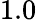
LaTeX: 1.0